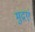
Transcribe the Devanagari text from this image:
मुद्रएं